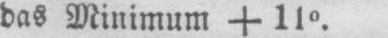
das Minimum +110.